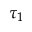
\tau _ { 1 }